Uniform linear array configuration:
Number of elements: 32
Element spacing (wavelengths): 0.75
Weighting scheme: uniform
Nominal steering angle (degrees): -15
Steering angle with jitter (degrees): -15.585
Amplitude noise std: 0.05
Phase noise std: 0.05

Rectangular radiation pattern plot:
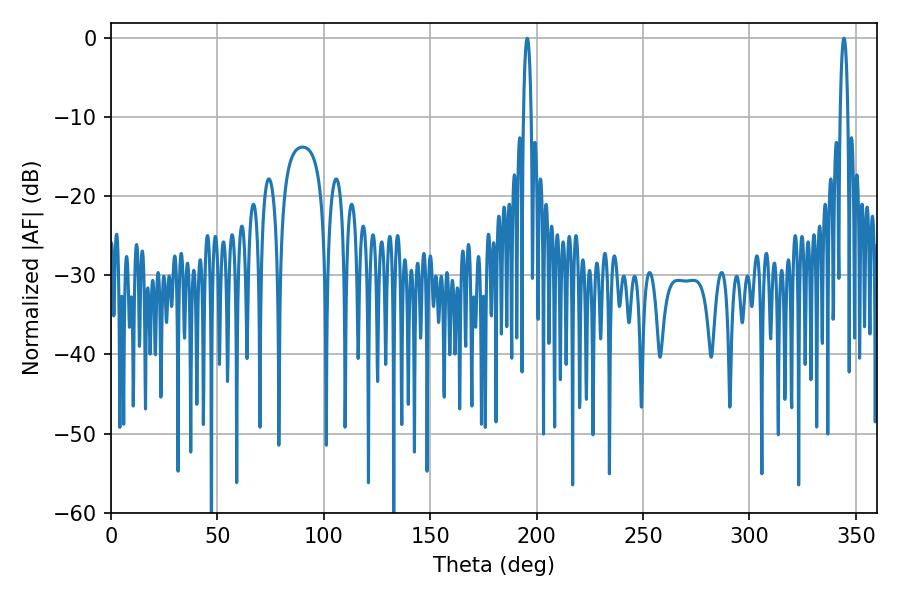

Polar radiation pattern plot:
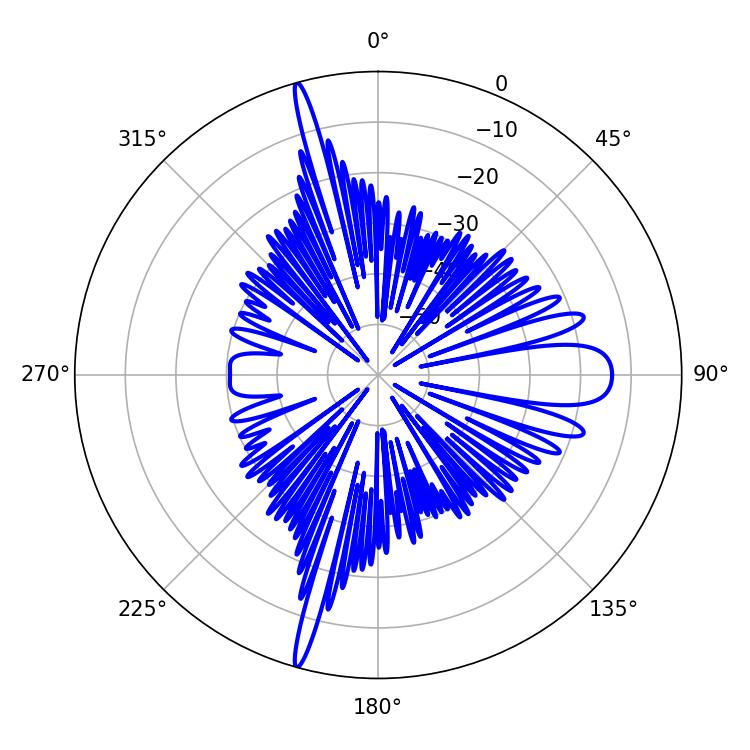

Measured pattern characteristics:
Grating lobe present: TRUE
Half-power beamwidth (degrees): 1.98
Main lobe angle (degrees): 195.66